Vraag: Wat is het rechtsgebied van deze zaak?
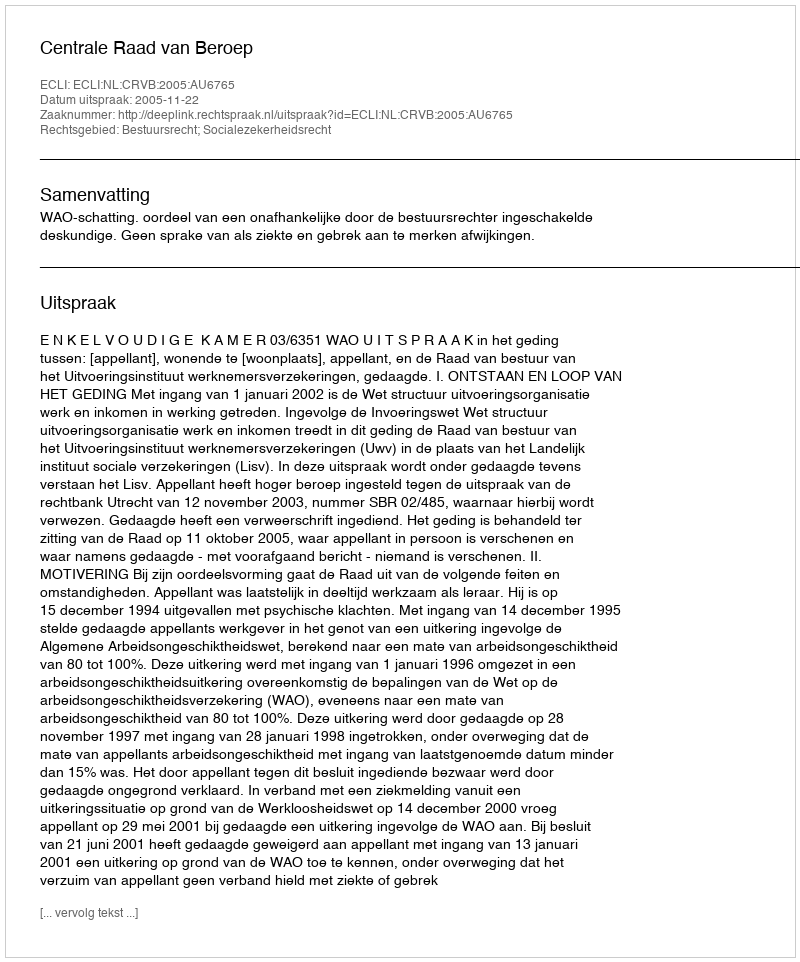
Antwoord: Bestuursrecht; Socialezekerheidsrecht